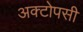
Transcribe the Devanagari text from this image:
अक्टोपसी